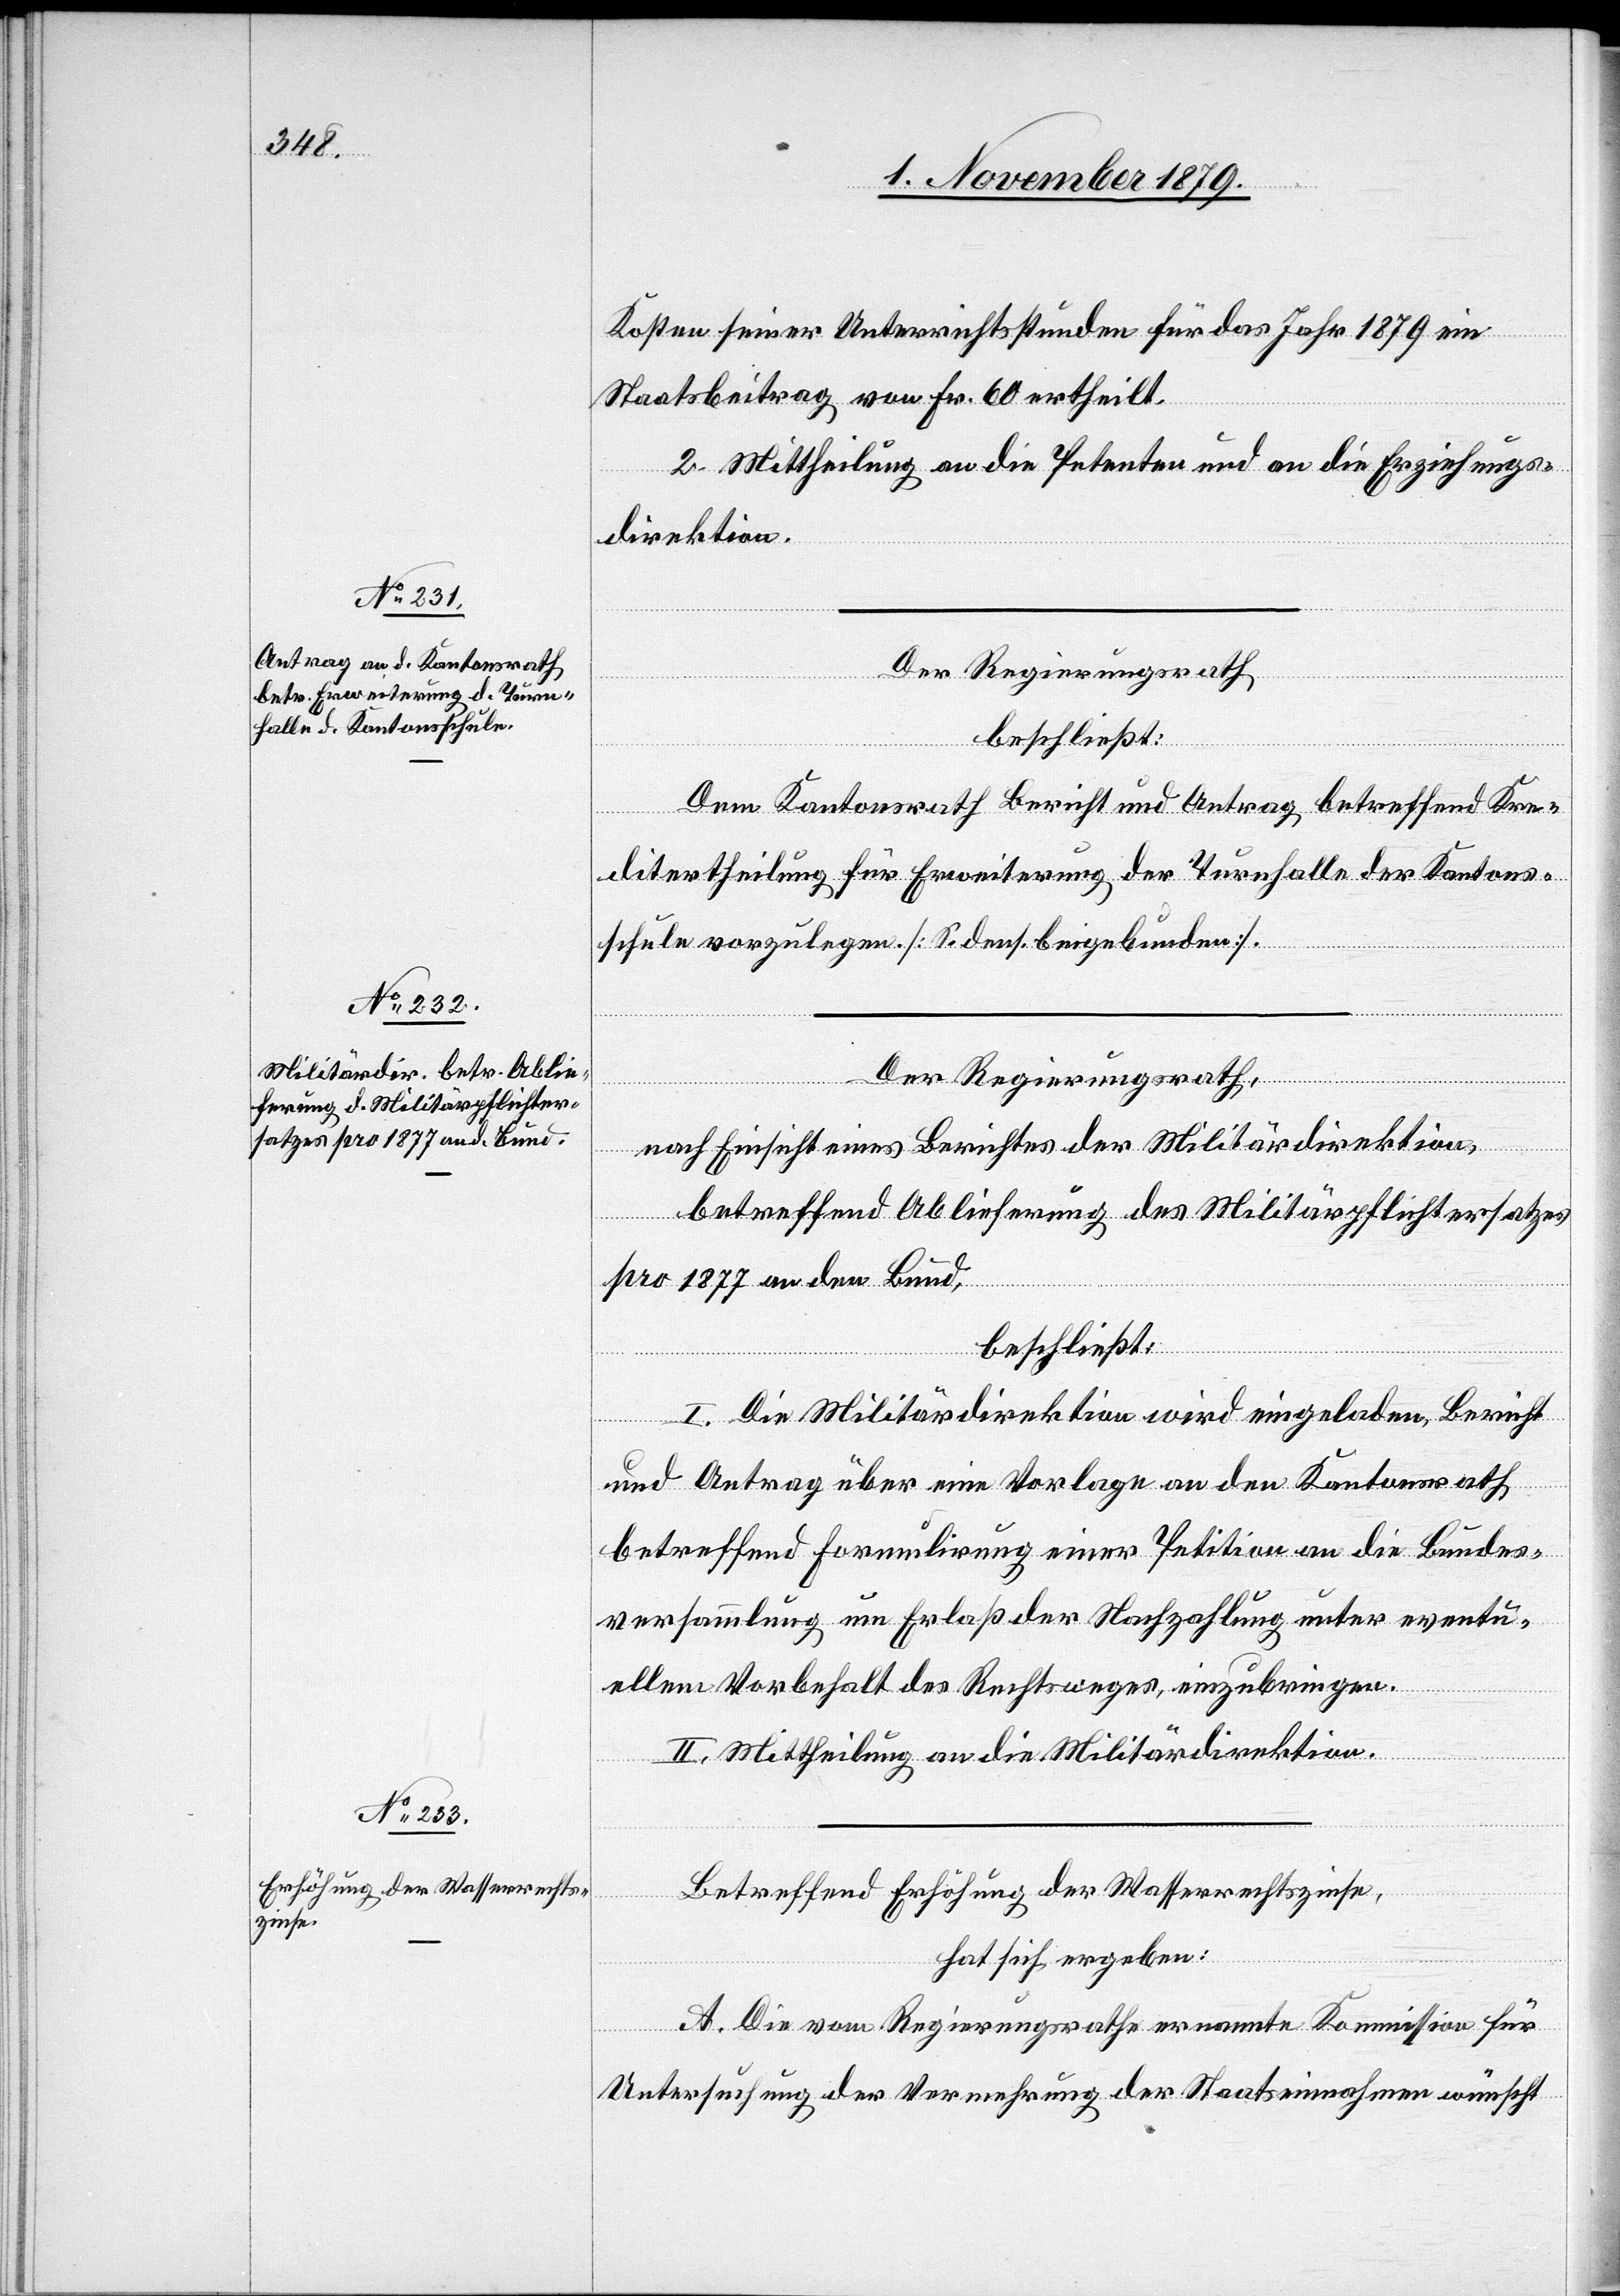
Kosten seiner Unterrichtsstunden für das Jahr 1879 ein
Staatsbeitrag von Fr. 60 ertheilt.
2. Mittheilung an die Petenten und an die Erziehungs¬
direktion.
Der Regierungsrath,
beschließt:
Dem Kantonsrath Bericht und Antrag betreffend Kre¬
ditertheilung für Erweiterung der Turnhalle der Kantons¬
schule vorzulegen [S. dens. beigebunden].
Der Regierungsrath,
nach Einsicht eines Berichtes der Militärdirektion,
betreffend Ablieferung des Militärpflichtersatzes
pro 1877 an den Bund,
beschließt:
I. Die Militärdirektion wird eingeladen, Bericht
und Antrag über eine Vorlage an den Kantonsrath
betreffend Formulirung einer Petition an die Bundes¬
versammlung um Erlaß der Nachzahlung unter eventu¬
ellem Vorbehalt des Rechtsweges einzubringen.
II. Mittheilung an die Militärdirektion.
Betreffend Erhöhung der Wasserrechtszinse,
hat sich ergeben:
A. Die vom Regierungsrathe ernannte Kommission für
Untersuchung der Vermehrung der Staatseinnahmen wünscht